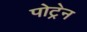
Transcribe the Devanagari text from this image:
पोट्रेन